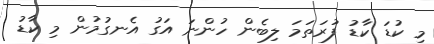
މި ކުޑަ ކާޑު ފުރަތަމަ ލިބެން ހުންނަ އަގު އެނގުމުން މި ކާޑު